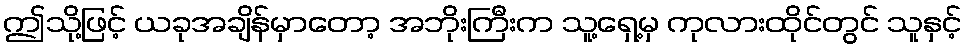
ဤသို့ဖြင့် ယခုအချိန်မှာတော့ အဘိုးကြီးက သူ့ရှေ့မှ ကုလားထိုင်တွင် သူနှင့်